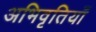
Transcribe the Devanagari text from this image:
अभिवृतियाँ